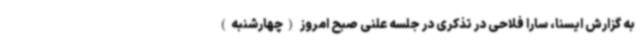
به گزارش ایسنا، سارا فلاحی در تذکری در جلسه علنی صبح امروز (چهارشنبه)